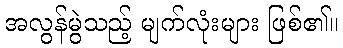
အလွန်မွဲသည့် မျက်လုံးများ ဖြစ်၏။